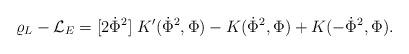
LaTeX: \begin{align*}\varrho_L - {\cal L}_E= [2\dot\Phi^2] \; K'(\dot\Phi^2,\Phi) - K(\dot\Phi^2,\Phi) + K(-\dot\Phi^2,\Phi).\end{align*}